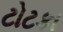
ટોટકા